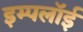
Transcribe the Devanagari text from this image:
इम्पलॉई